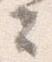
夫